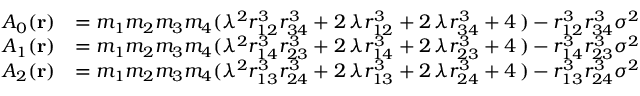
\begin{array} { r l } { A _ { 0 } ( \mathbf { r } ) } & { = m _ { 1 } m _ { 2 } m _ { 3 } m _ { 4 } ( \lambda ^ { 2 } r _ { 1 2 } ^ { 3 } r _ { 3 4 } ^ { 3 } + 2 \, \lambda r _ { 1 2 } ^ { 3 } + 2 \, \lambda r _ { 3 4 } ^ { 3 } + 4 \, ) - r _ { 1 2 } ^ { 3 } r _ { 3 4 } ^ { 3 } \sigma ^ { 2 } } \\ { A _ { 1 } ( \mathbf { r } ) } & { = m _ { 1 } m _ { 2 } m _ { 3 } m _ { 4 } ( \lambda ^ { 2 } r _ { 1 4 } ^ { 3 } r _ { 2 3 } ^ { 3 } + 2 \, \lambda r _ { 1 4 } ^ { 3 } + 2 \, \lambda r _ { 2 3 } ^ { 3 } + 4 \, ) - r _ { 1 4 } ^ { 3 } r _ { 2 3 } ^ { 3 } \sigma ^ { 2 } } \\ { A _ { 2 } ( \mathbf { r } ) } & { = m _ { 1 } m _ { 2 } m _ { 3 } m _ { 4 } ( \lambda ^ { 2 } r _ { 1 3 } ^ { 3 } r _ { 2 4 } ^ { 3 } + 2 \, \lambda r _ { 1 3 } ^ { 3 } + 2 \, \lambda r _ { 2 4 } ^ { 3 } + 4 \, ) - r _ { 1 3 } ^ { 3 } r _ { 2 4 } ^ { 3 } \sigma ^ { 2 } } \end{array}